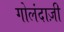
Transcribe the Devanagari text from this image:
गोलंदाज़ी